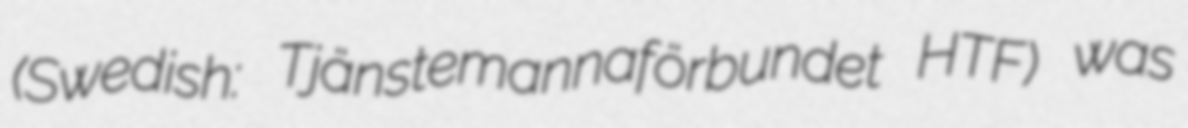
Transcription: (Swedish: Tjänstemannaförbundet HTF) was